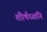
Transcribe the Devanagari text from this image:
शीर्षध्वनि